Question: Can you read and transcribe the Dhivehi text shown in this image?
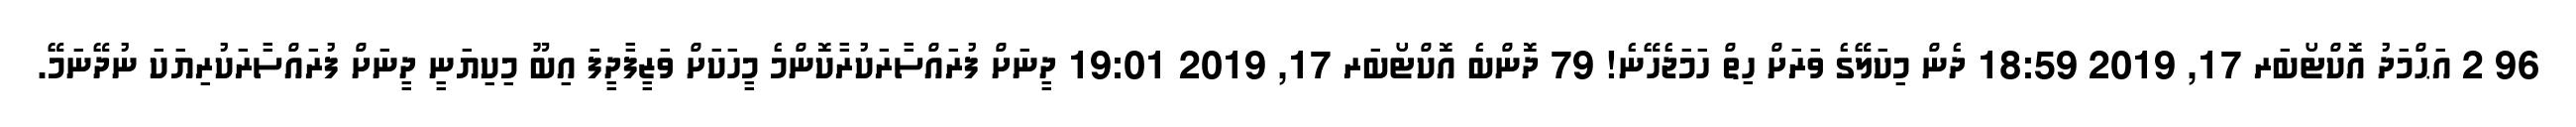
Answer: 96 2 އަޙްމަދު އޮކްޓޯބަރ 17, 2019 18:59 ދެން މިކަލޭގެ ވަރަށް ހިތް ހަމަޖެހޭނެ! 79 ދޮންބެ އޮކްޓޯބަރ 17, 2019 19:01 ދީނަށް ފުރައްސާރަކުރާކޮންމެ މީހަކަށް ވަޒީފާދީފަ އިބޫ މިކިޔަނީ ދީނަށް ފުރައްސާރަކުރިޔަކަ ނުދޭނަމޭ.